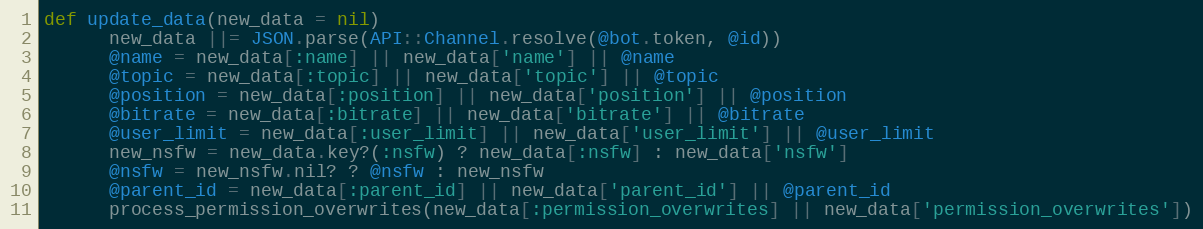
Language: Ruby
def update_data(new_data = nil)
      new_data ||= JSON.parse(API::Channel.resolve(@bot.token, @id))
      @name = new_data[:name] || new_data['name'] || @name
      @topic = new_data[:topic] || new_data['topic'] || @topic
      @position = new_data[:position] || new_data['position'] || @position
      @bitrate = new_data[:bitrate] || new_data['bitrate'] || @bitrate
      @user_limit = new_data[:user_limit] || new_data['user_limit'] || @user_limit
      new_nsfw = new_data.key?(:nsfw) ? new_data[:nsfw] : new_data['nsfw']
      @nsfw = new_nsfw.nil? ? @nsfw : new_nsfw
      @parent_id = new_data[:parent_id] || new_data['parent_id'] || @parent_id
      process_permission_overwrites(new_data[:permission_overwrites] || new_data['permission_overwrites'])